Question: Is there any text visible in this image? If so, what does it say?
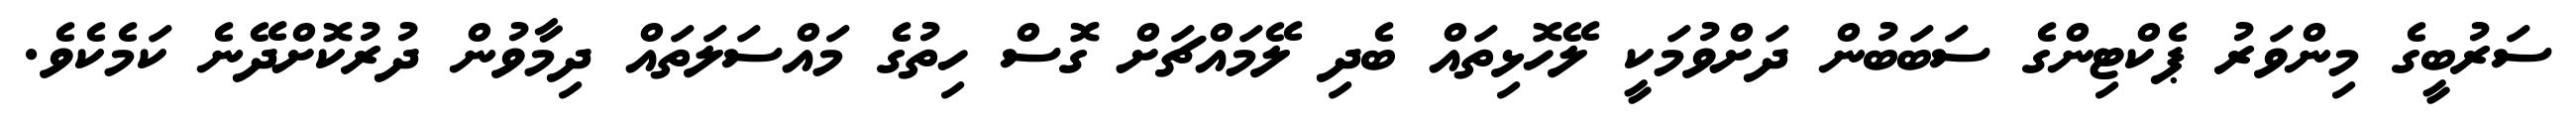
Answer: ސަރުބީގެ މިންވަރު ޕެކްޓިންގެ ސަބަބުން ދަށްވުމަކީ ލޭހޮޅިތައް ބެދި ލޭމައްޗަށް ގޮސް ހިތުގެ މައްސަލަތައް ދިމާވުން ދުރުކޮށްދޭނެ ކަމެކެވެ.